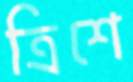
ত্রিশে